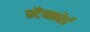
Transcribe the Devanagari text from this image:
स्टैन्फ़ोर्ड